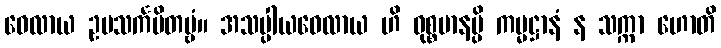
ဝေလာယ ဥပသင်္ကမိတဗ္ဗံ။ အသပ္ပါယဝေလာယ ဟိ ဝုစ္စမာနမ္ပိ ကမ္မဋ္ဌာနံ န သက္ကာ ဟောတိ